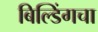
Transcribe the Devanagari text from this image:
बिल्डिंगचा